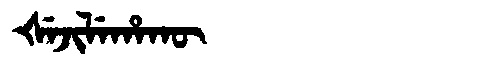
Manchu: ᡧᡝᠵᡳᠯᡝᡥᠠᡴᡡ
Romanization: ŠEJILEHAKŪ